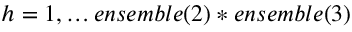
h = 1 , \ldots e n s e m b l e ( 2 ) * e n s e m b l e ( 3 )